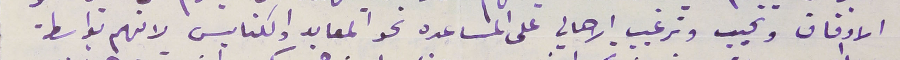
الاوقاف ونجيب وترغيب الاهالي على المساعده نحو المعابد والكنايس لانهم بواسطة